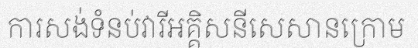
ការសង់ទំនប់វារីអគ្គិសនីសេសានក្រោម